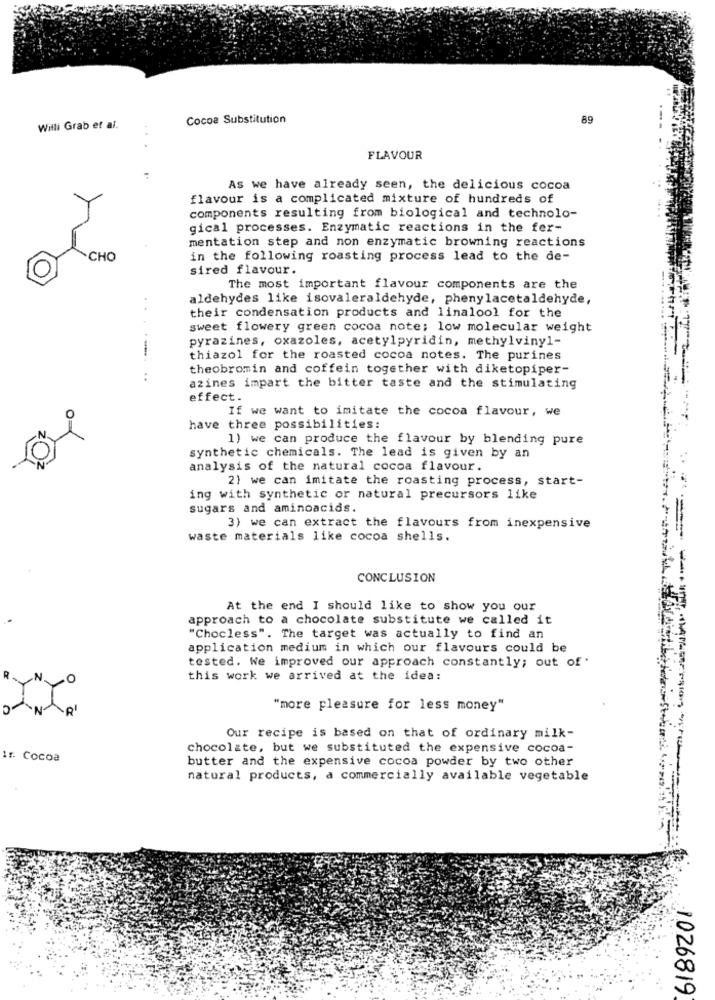
Cocoa Substitution
89
Willi Grab et al.
FLAVOUR
As we have already seen, the delicious cocoa
flavour is a complicated mixture of hundreds of
components resulting from biological and technolo-
gical processes. Enzymatic reactions in the fer-
mentation step and non enzymatic browning reactions
.CHO
in the following roasting process lead to the de-
sired flavour.
The most important flavour components are the
aldehydes like isovaleraldehyde, phenylacetaldehyde,
their condensation products and linalool for the
sweet flowery green cocoa note; low molecular weight
pyrazines, oxazoles, acetylpyridin, methylvinyl-
thiazol for the roasted cocoa notes. The purines
theobromin and coffein together with diketopiper-
...
azines impart the bitter taste and the stimulating
effect.
If we want to imitate the cocoa flavour, we
have three possibilities:
1) we can produce the flavour by blending pure
synthetic chemicals. The lead is given by an
analysis of the natural cocoa flavour.
2) we can imitate the roasting process, start-
ing with synthetic or natural precursors like
sugars and aminoacids.
3) we can extract the flavours from inexpensive
waste materials like cocoa shells.
CONCLUSION
At the end I should like to show you our
approach to a chocolate substitute we called it
"Chocless". The target was actually to find an
application medium in which our flavours could be
tested. We improved our approach constantly; out of
.O
this work we arrived at the idea:
"more pleasure for less money"
Our recipe is based on that of ordinary milk-
chocolate, but we substituted the expensive cocoa-
1r. Cocoa
butter and the expensive cocoa powder by two other
natural products, a commercially available vegetable
1026819